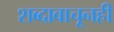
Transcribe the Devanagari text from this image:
शब्दावाचूनही